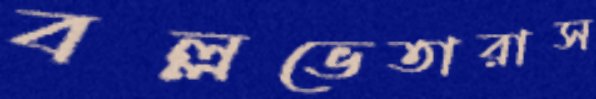
বল্লভেতারাস